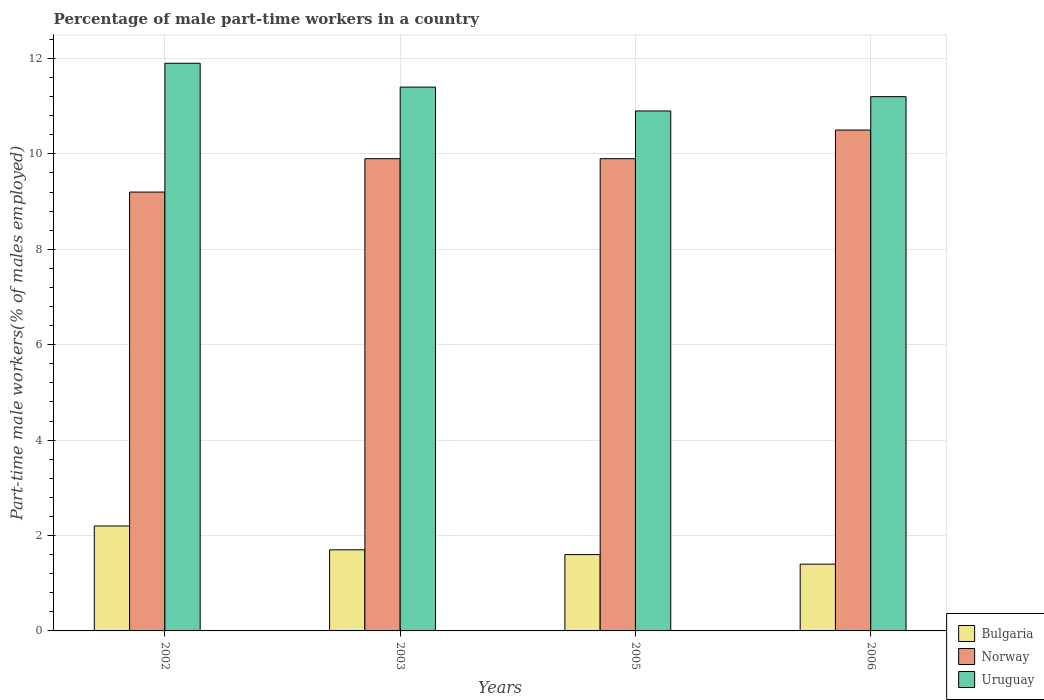
| Years | Bulgaria | Norway | Uruguay |
 | --- | --- | --- | --- |
 | 2002 | 2.2 | 9.2 | 11.9 |
 | 2003 | 1.7 | 9.9 | 11.4 |
 | 2005 | 1.6 | 9.9 | 10.9 |
 | 2006 | 1.4 | 10.5 | 11.2 |